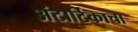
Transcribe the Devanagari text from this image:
अंटार्टिकाचा